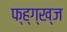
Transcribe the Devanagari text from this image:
फ्ह्ग्ख्ज